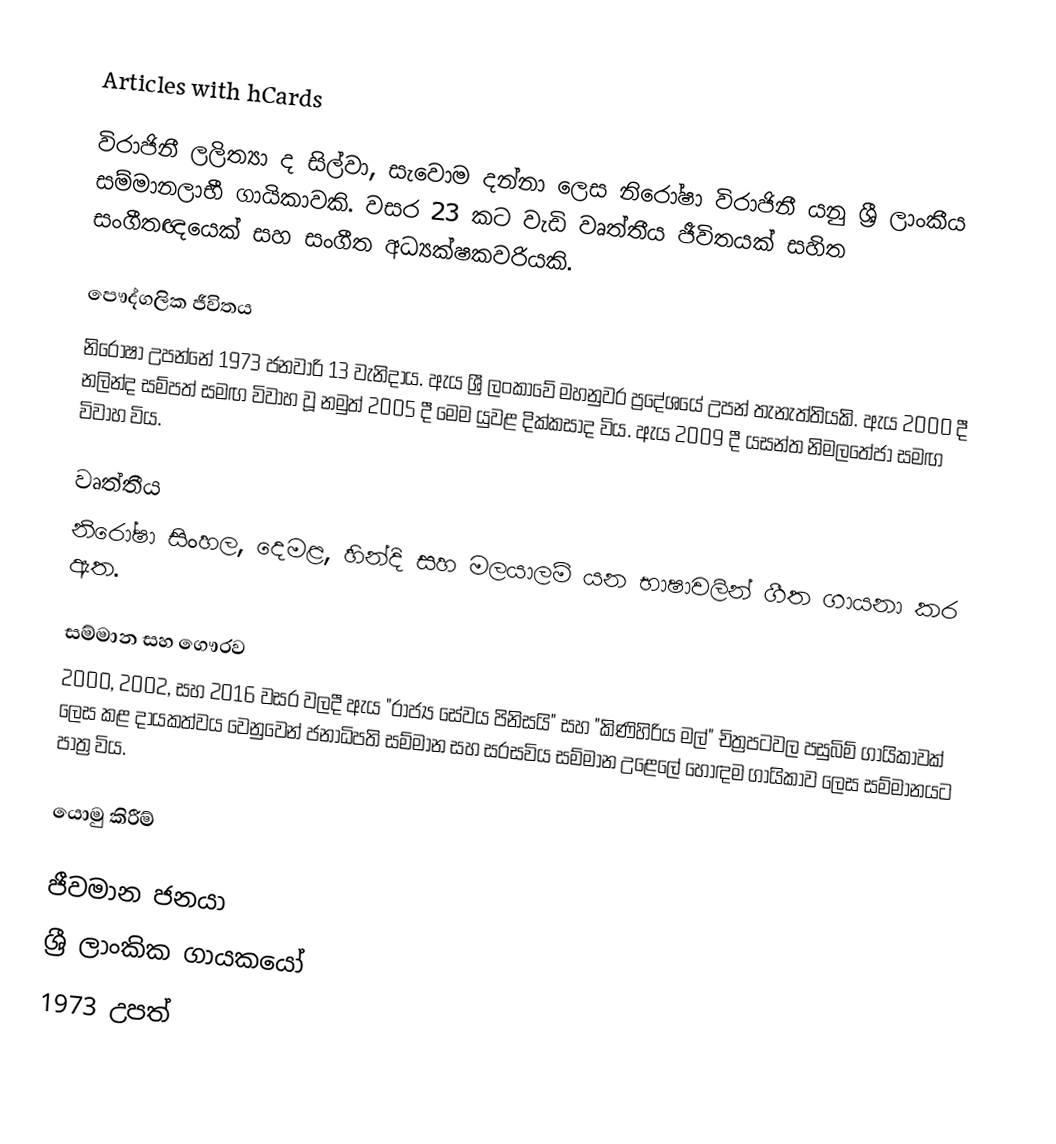
Articles with hCards

විරාජිනී ලලිත්‍යා ද සිල්වා,  සැවොම දන්නා ලෙස නිරෝෂා විරාජිනී යනු ශ්‍රී ලාංකීය සම්මානලාභී ගායිකාවකි. වසර 23 කට වැඩි වෘත්තීය ජීවිතයක් සහිත සංගීතඥයෙක් සහ සංගීත අධ්‍යක්ෂකවරියකි.

පෞද්ගලික ජීවිතය
නිරෝෂා උපන්නේ 1973 ජනවාරි 13 වැනිදාය. ඇය ශ්‍රී ලංකාවේ මහනුවර ප්‍රදේශයේ උපන් තැනැත්තියකි. ඇය 2000 දී නලින්ද සම්පත් සමඟ විවාහ වූ නමුත් 2005 දී මෙම යුවළ දික්කසාද විය. ඇය 2009 දී යසන්ත නිමලතේජා සමඟ විවාහ විය.

වෘත්තීය
නිරෝෂා සිංහල, දෙමළ, හින්දි සහ මලයාලම් යන භාෂාවලින් ගීත ගායනා කර ඇත.

සම්මාන සහ ගෞරව
2000, 2002, සහ 2016 වසර වලදී ඇය "රාජ්‍ය සේවය පිනිසයි" සහ "කිණිහිරිය මල්" චිත්‍රපටවල පසුබිම් ගායිකාවක් ලෙස කළ දායකත්වය වෙනුවෙන් ජනාධිපති සම්මාන සහ සරසවිය සම්මාන උළෙලේ හොඳම ගායිකාව ලෙස සම්මානයට පාත්‍ර විය.

යොමු කිරීම්

ජීවමාන ජනයා
ශ්‍රී ලාංකික ගායකයෝ
1973 උපත්